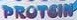
PROTEIN